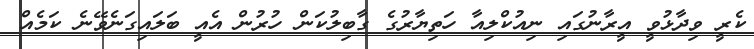
ކެރީ ވިދާޅުވީ އީރާނުގައި ނިއުކްލިއާ ހަތިޔާރުގެ ގާބިލުކަން ހުރުން އެއީ ބަލައިގަނެވޭނެ ކަމެއް